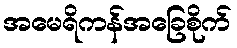
အမေရိကန်အခြေစိုက်